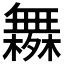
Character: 𰙄